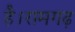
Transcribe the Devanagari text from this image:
है।रामगढ़